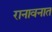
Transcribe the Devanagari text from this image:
रानावनात